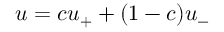
u = c u _ { + } + ( 1 - c ) u _ { - }